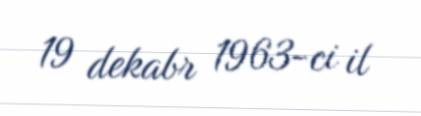
19 dekabr 1963-ci il